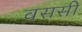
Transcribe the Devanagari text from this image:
वससी